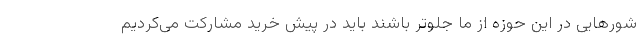
شورهایی در این حوزه از ما جلوتر باشند باید در پیش خرید مشارکت می‌کردیم